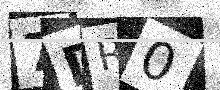
Text: 7DR0